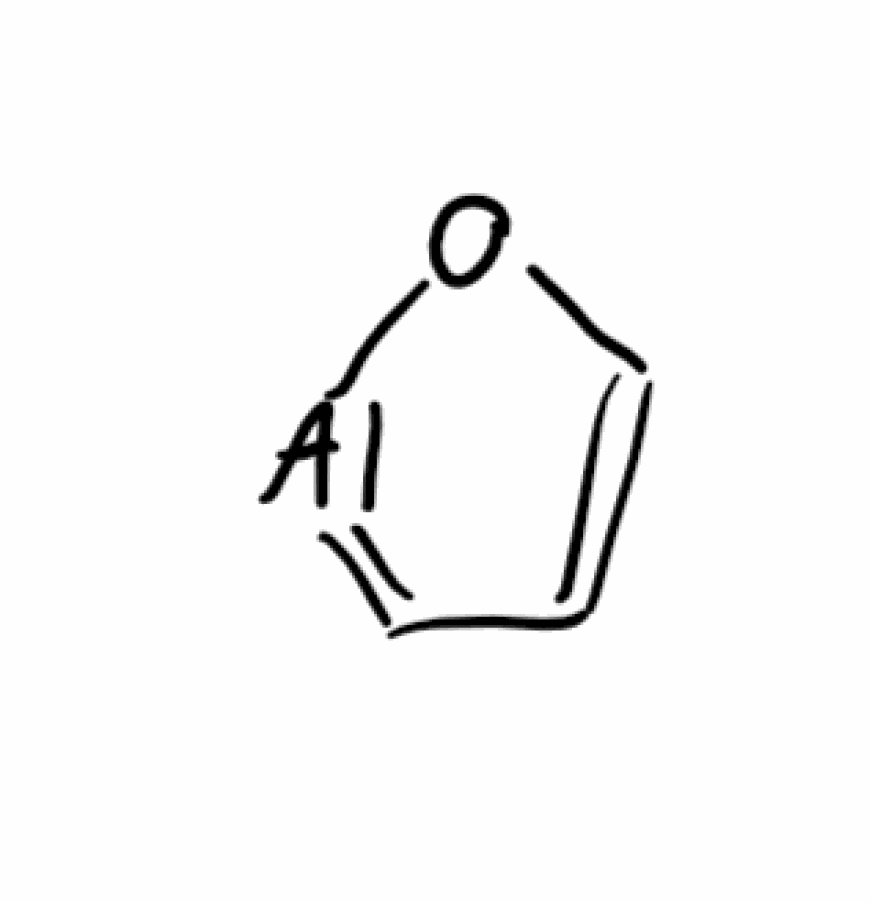
Simplified molecular-input line-entry system (SMILES) notation of the given molecule:
C1=CO[Al]=C1